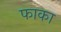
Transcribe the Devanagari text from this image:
फाका